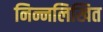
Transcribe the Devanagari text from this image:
निन्नलिखित